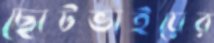
ছোটভাইয়ের